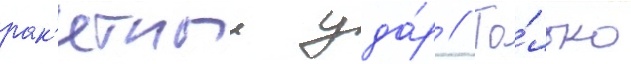
рак'етныи уда́р // То́лько